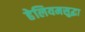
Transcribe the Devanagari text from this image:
हेलियमसुद्धा